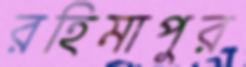
রহিমাপুর